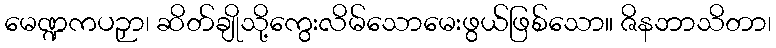
မေဏ္ဍကပဉှာ၊ ဆိတ်ချိုသို့ကွေးလိမ်သောမေးဖွယ်ဖြစ်သော။ ဇိနဘာသိတာ၊